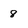
Character: 8